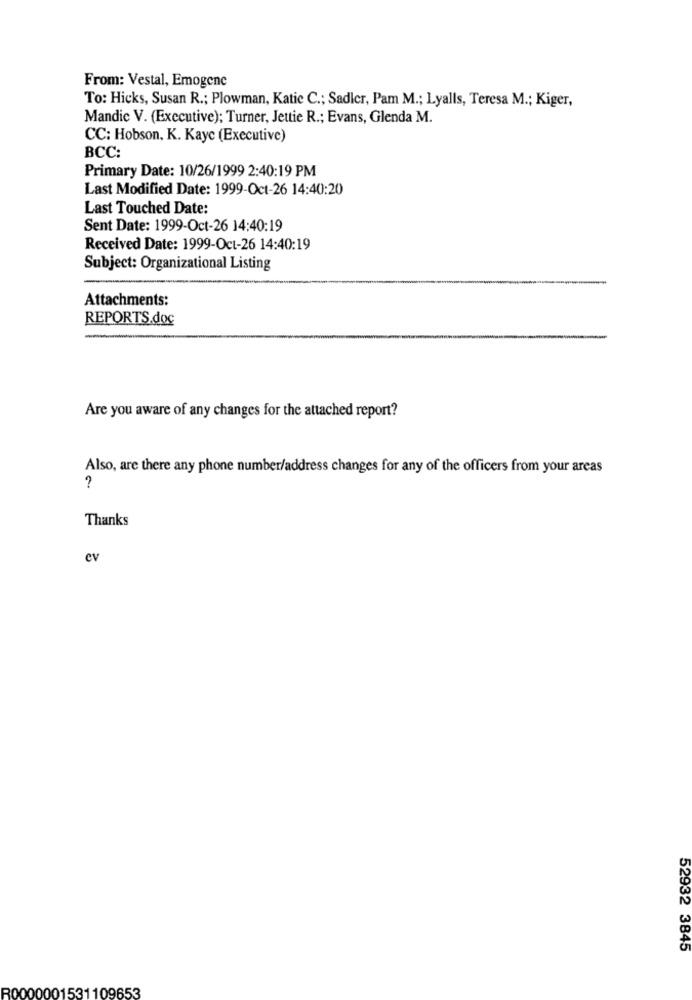
From: Vestal, Emogene
To: Hicks, Susan R .; Plowman, Katic C .; Sadler, Pam M .; Lyalls, Teresa M .; Kiger,
Mandie V. (Executive); Turner, Jettie R .; Evans, Glenda M.
CC: Hobson, K. Kayc (Executive)
BCC:
Primary Date: 10/26/1999 2:40:19 PM
Last Modified Date: 1999-Oct-26 14:40:20
Last Touched Date:
Sent Date: 1999-Oct-26 14:40:19
Received Date: 1999-Oct-26 14:40:19
Subject: Organizational Listing
Attachments:
REPORTS.doc
Are you aware of any changes for the attached report?
Also, are there any phone number/address changes for any of the officers from your areas
?
Thanks
ev
52932 3845
R0000001531109653